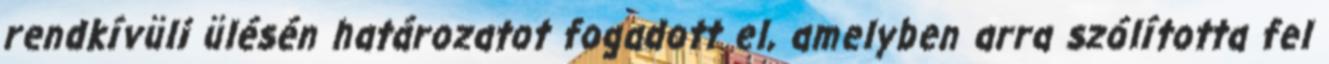
rendkívüli ülésén határozatot fogadott el, amelyben arra szólította fel